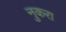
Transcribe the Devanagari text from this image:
नुकरा